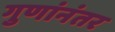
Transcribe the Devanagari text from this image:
गुणांनंतर